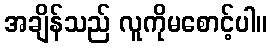
အချိန်သည် လူကိုမစောင့်ပါ။